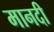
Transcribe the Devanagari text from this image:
मानदी